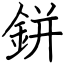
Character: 鉼